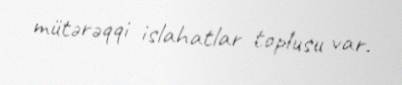
mütərəqqi islahatlar toplusu var.